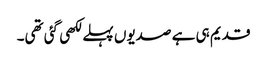
قدیم ہی ہے صدیوں پہلے لکھی گئی تھی۔